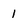
Character: 1